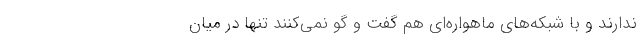
ندارند و با شبکه‌های ماهواره‌ای هم گفت و گو نمی‌کنند تنها در میان